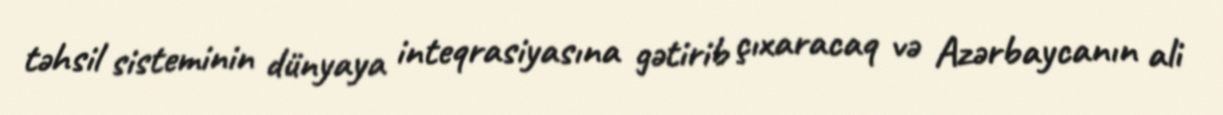
təhsil sisteminin dünyaya inteqrasiyasına gətirib çıxaracaq və Azərbaycanın ali